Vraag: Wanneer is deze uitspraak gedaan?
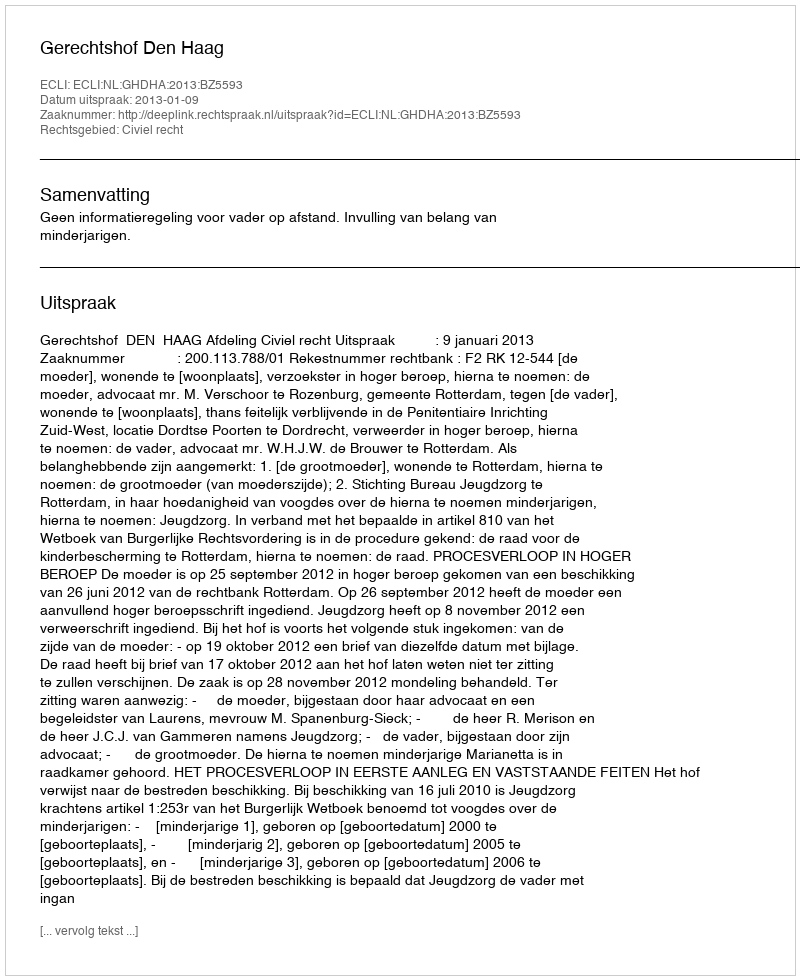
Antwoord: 2013-01-09